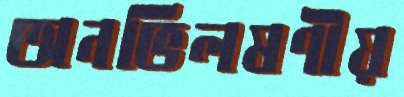
অনভিলষণীয়